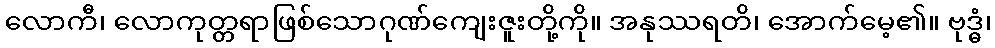
လောကီ၊ လောကုတ္တရာဖြစ်သောဂုဏ်ကျေးဇူးတို့ကို။ အနုဿရတိ၊ အောက်မေ့၏။ ဗုဒ္ဓံ၊